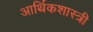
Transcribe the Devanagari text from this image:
आर्थिकशास्त्री